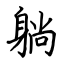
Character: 躺